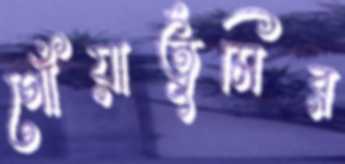
গোঁয়ার্তুমির